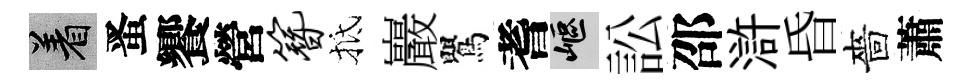
著󱉠饗營簪抵巖鸎耆嶇訟邵滸昏嗇蕭